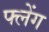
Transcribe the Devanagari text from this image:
फ्लेंग